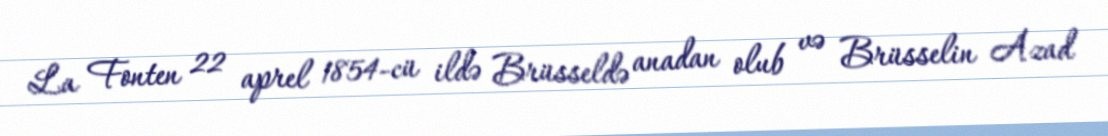
La Fonten 22 aprel 1854-cü ildə Brüsseldə anadan olub və Brüsselin Azad